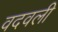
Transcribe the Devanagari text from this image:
वदवली